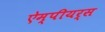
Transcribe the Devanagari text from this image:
ऐम्पीयर्स